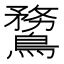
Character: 䳱